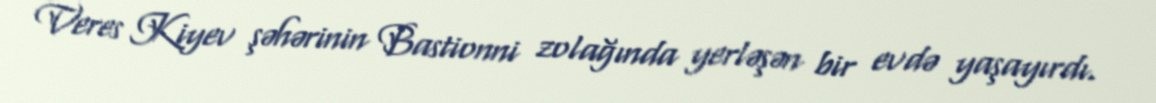
Veres Kiyev şəhərinin Bastionni zolağında yerləşən bir evdə yaşayırdı.